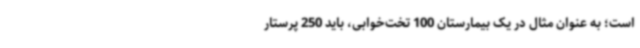
است؛ به عنوان مثال در یک بیمارستان 100 تخت‌خوابی، باید 250 پرستار